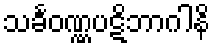
သင်္ခဝဏ္ဏပဋိဘာဂါနိ